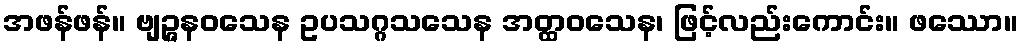
အဖန်ဖန်။ ဗျဉ္ဇနဝသေန ဥပသဂ္ဂသသေန အတ္ထဝသေန၊ ဖြင့်လည်းကောင်း။ ဖဿော။